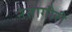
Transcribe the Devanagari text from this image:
नेतागीरी